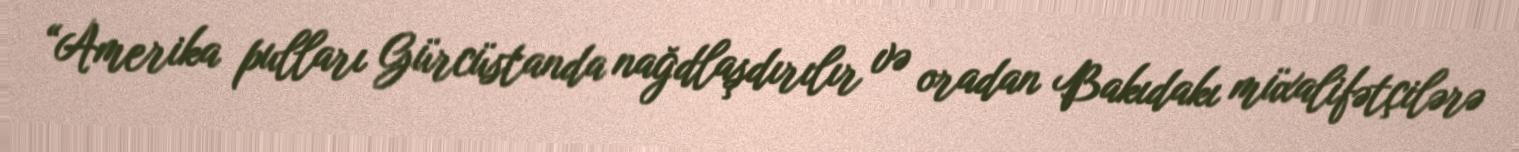
“Amerika pulları Gürcüstanda nağdlaşdırılır və oradan Bakıdakı müxalifətçilərə